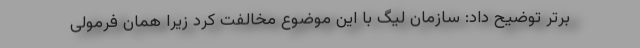
برتر توضیح داد: سازمان لیگ با این موضوع مخالفت کرد زیرا همان فرمولی